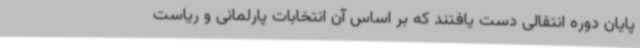
پایان دوره انتقالی دست یافتند که بر اساس آن انتخابات پارلمانی و ریاست